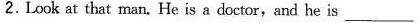
2. Iook at that man. He is a doctor,and he is ___